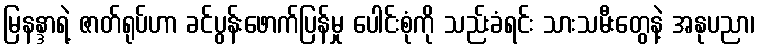
မြနန္ဒာရဲ့ ဇာတ်ရုပ်ဟာ ခင်ပွန်းဖောက်ပြန်မှု ပေါင်းစုံကို သည်းခံရင်း သားသမီးတွေနဲ့ အနုပညာ၊